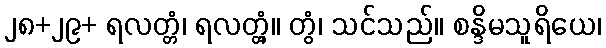
၂၈+၂၉+ ရလတ္တံ၊ ရလတ္တံ့။ တွံ၊ သင်သည်။ စန္ဒိမသူရိယေ၊